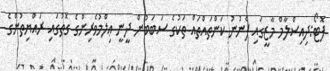
ފޮޓޯ:ދިއިސްލާމް މާޒީގައި ފެނުނު ކަންތައްތައް ތަކުގެ ސަބަބުން ދީނީ ޢިލްމުވެރިންގެ ގޮތުގައި ރައްޔިތުންގެ